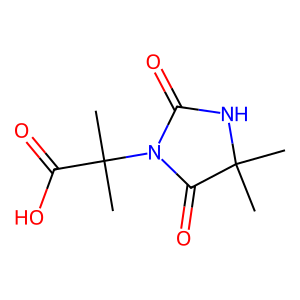
SMILES: CC1(C)NC(=O)N(C(C)(C)C(=O)O)C1=O
Inhibits HIV replication: No